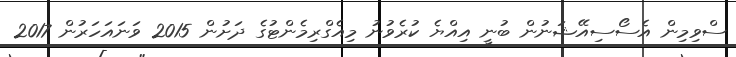
ސްވިމިން އެސޯސިއޭޝަނުން ބުނީ އިއްޔެ ކުރެވުނު މިއެގްރިމެންޓުގެ ދަށުން 2015 ވަނައަހަރުން 2017